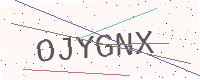
Text: OJYGNX